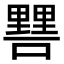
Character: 𨤷